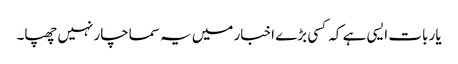
یار بات ایسی ہے کہ کسی بڑے اخبار میں یہ سماچار نہیں چھپا۔